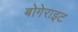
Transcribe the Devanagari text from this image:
बोगेराइट